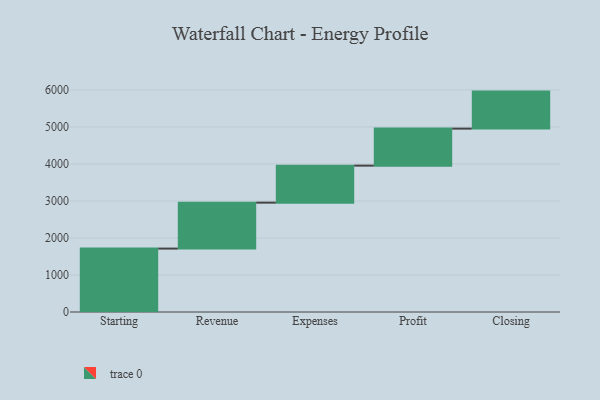
{"axis": {"x": "Step", "y": "Value"}, "legend": [""], "data": [{"x": "Starting", "y": 1713.0, "type": ""}, {"x": "Revenue", "y": 1241.0, "type": ""}, {"x": "Expenses", "y": 1000, "type": ""}, {"x": "Profit", "y": 1000, "type": ""}, {"x": "Closing", "y": 1000, "type": ""}]}